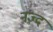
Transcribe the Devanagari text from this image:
नज़्द